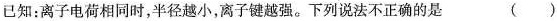
已知：离子电荷相同时，半径越小，离子键越强。下列说法不正确的是()